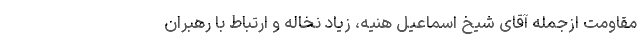
مقاومت ازجمله آقای شیخ اسماعیل هنیه، زیاد نخاله و ارتباط با رهبران